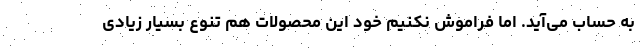
به حساب می‌آید. اما فراموش نکنیم خود این محصولات هم تنوع بسیار زیادی